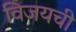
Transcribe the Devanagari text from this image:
विजयची